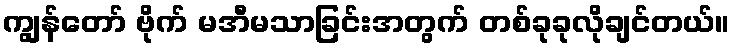
ကျွန်တော် ဗိုက် မအီမသာခြင်းအတွက် တစ်ခုခုလိုချင်တယ်။